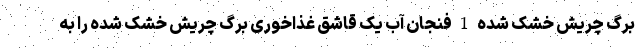
برگ چریش خشک شده 1 فنجان آب یک قاشق غذاخوری برگ چریش خشک شده را به